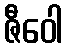
ဇီဝေါ